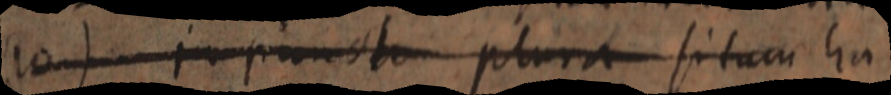
(10) _ punctum plura situm ha